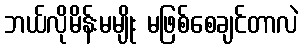
ဘယ်လိုမိန်းမမျိုး မဖြစ်စေချင်တာလဲ